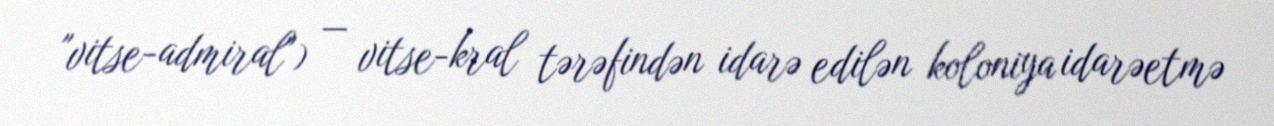
"vitse-admiral") — vitse-kral tərəfindən idarə edilən koloniya idarəetmə